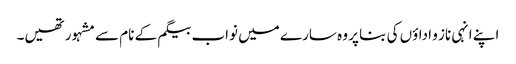
اپنے انہی ناز و اداؤں کی بنا پر وہ سارے میں نواب بیگم کے نام سے مشہور تھیں۔